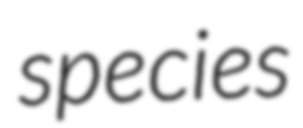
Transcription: species